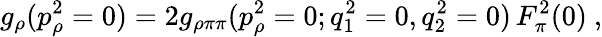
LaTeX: g_{\rho}(p_{\rho}^{2}=0)=2g_{\rho\pi\pi}(p_{\rho}^{2}=0;q_{1}^{2}=0,q_{2}^{2}=0)\, F_{\pi}^{2}(0)\ ,